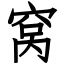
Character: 窝